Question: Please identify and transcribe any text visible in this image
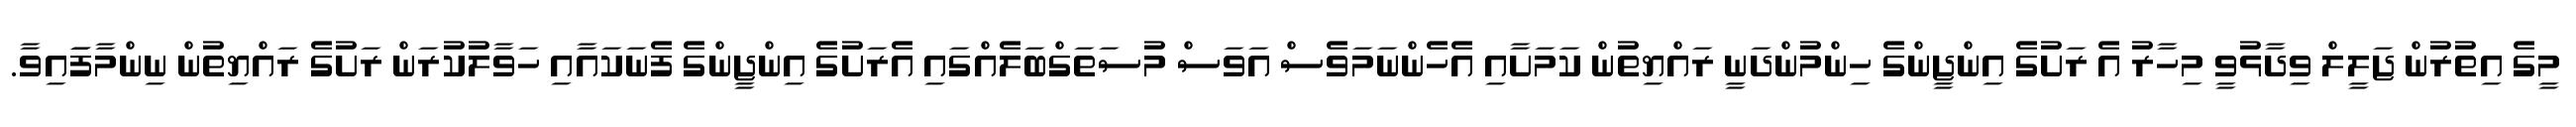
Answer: މީގެ އިތުރުން ޖަލީލް ވިދާޅުވީ މިހާރު އެ ރަށުގެ އިންޖީންގެ ހިންމުންދަނީ ރައްޔިތުން ކަމަށާއި އެހެންނަމަވެސް އަވަސް މުސަތަގްބަލެއްގައި އެރަށުގެ އިންޖީންގެ ފެނަކައާއި ހަވާލުކުރަން ރަށުގެ ރައްޔިތުން ނިންމާފަައިވާ.